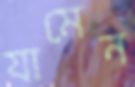
যামেন